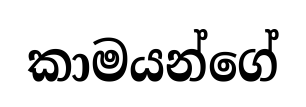
කාමයන්ගේ